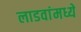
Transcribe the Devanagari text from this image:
लाडवांमध्ये